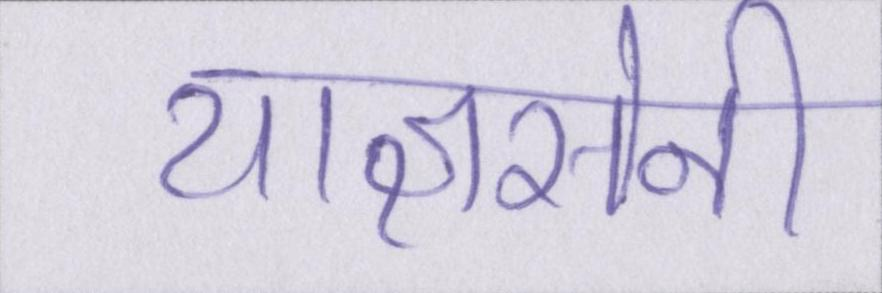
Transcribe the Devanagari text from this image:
याज्ञसेनी